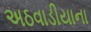
અઠવાડીયાના